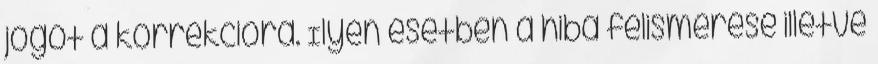
jogot a korrekcióra. Ilyen esetben a hiba felismerése illetve